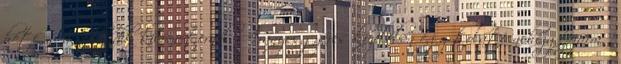
hétfőn, a nulladik kilométernél, Aranyosgyéres közelében egy tolató nehézgépjármű